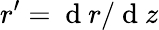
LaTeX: r^{\prime}=\mathrm{~d~}r/\mathrm{~d~}z